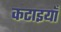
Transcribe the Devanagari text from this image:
कटाइयाँ